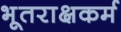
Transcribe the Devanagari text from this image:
भूतराक्षकर्म